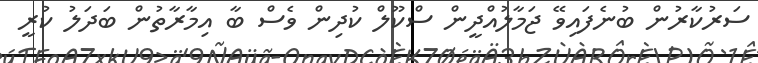
ސަރުކާރުން ބުނެފައިވޭ ޖަމާލުއްދީން ސްކޫލް ކުދިން ވެސް ބާ އިމާރާތުން ބަދަލު ކުރީ